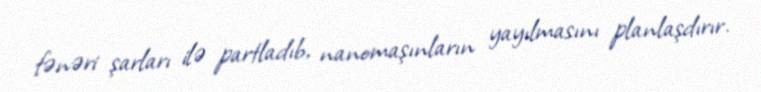
fənəri şarları ilə partladıb, nanomaşınların yayılmasını planlaşdırır.